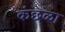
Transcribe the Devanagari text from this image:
कंछळा